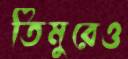
তিমুরেও